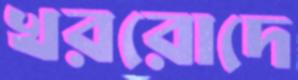
খররোদে